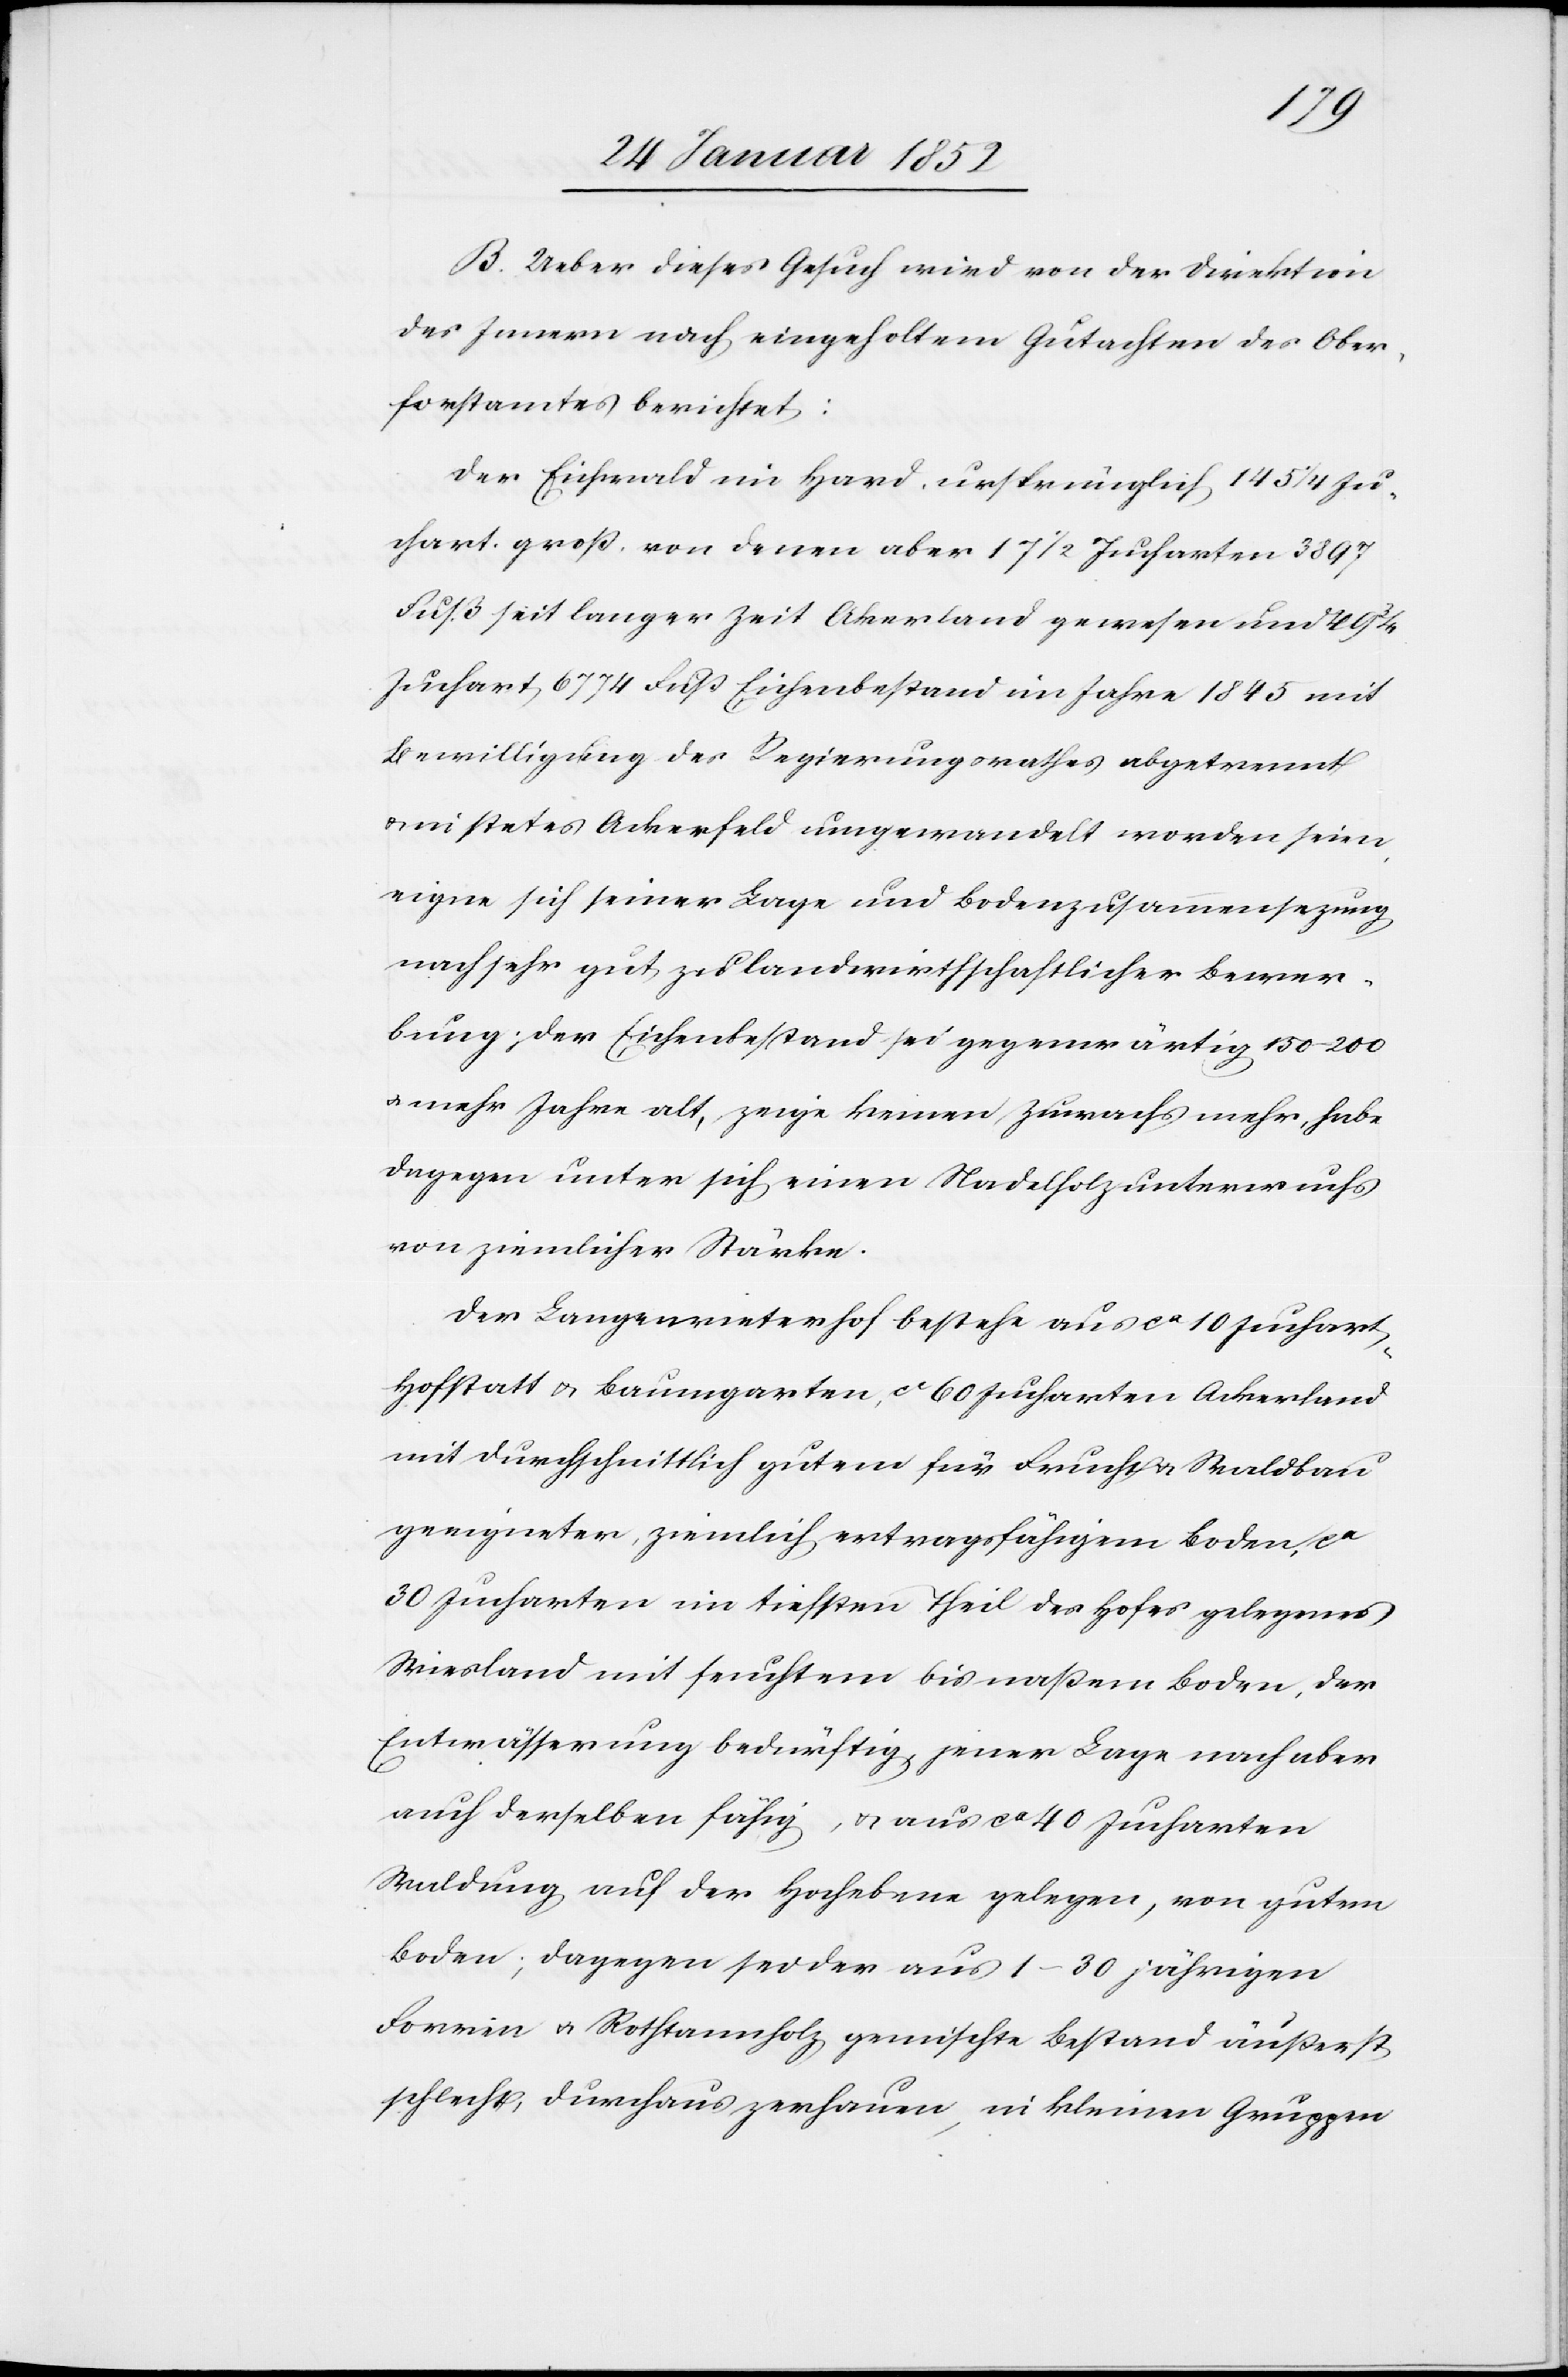
B. Ueber dieses Gesuch wird von der Direktion
des Innern nach eingeholtem Gutachten des Ober¬
forstamtes berichtet:
Der Eichenwald im Hard, ursprünglich 145 1/4 Ju¬
chart groß, von denen aber 17 1/2 Jucharten 3897
Fuß seit langer Zeit Ackerland gewesen und 49
Juchart, 6774 Fuß Eichenbestand im Jahre 1845 mit
Bewilligung des Regierungsrathes abgetrennt
in stetes Ackerfeld umgewandelt worden seien,
eigne sich seiner Lage und Bodenzusammensezung
nach sehr gut zu landwirthschaftlicher Bewer¬
bung, der Eichenbestand sei gegenwärtig 150–200
u. mehr Jahre alt, zeige keinen Zuwachs mehr, habe
dagegen unter sich einen Nadelholzunterwuchs
von ziemlicher Stärke.
Der Langenrieterhof bestehe aus ca 10 Juchart
Hofstatt u. Baumgarten, ca 60 Jucharten Ackerland
mit durchschnittlich gutem für Frucht u. Waldbau
geeigneter, ziemlich ertragsfähigem Boden, ca
30 Jucharten im tiefsten Theil des Hofes gelegenes
Wiesland mit feuchtem bis naßem Boden, der
Entwässerung bedürftig, jener Lange nach aber
auch derselben fähig, u. aus ca 40 Jucharten
Waldung, auf der Hochebene gelegen, von gutem
Boden; dagegen sei der aus 1–30jährigen
Forrin u. Rothtannholz gemischte Bestand äußerst
schlecht, durchaus zerhauen, in kleinen Gruppen